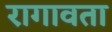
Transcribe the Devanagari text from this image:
रागावता